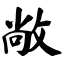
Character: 敞